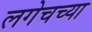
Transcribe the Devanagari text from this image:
लगेचच्या